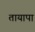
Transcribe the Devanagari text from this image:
तायापा